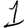
Digit: 1